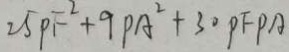
2 5 P F ^ { 2 } + 9 P A ^ { 2 } + 3 0 P F P A